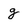
Character: g